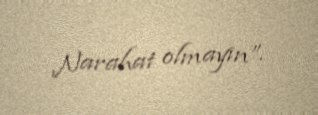
Narahat olmayın”.